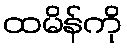
ထမိန်ကို